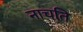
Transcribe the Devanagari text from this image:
नाचति